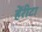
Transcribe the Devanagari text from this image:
हेंरीटा